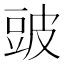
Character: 䜵